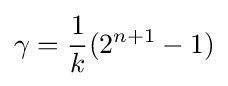
\gamma ={\frac {1}{k}}(2^{n+1}-1)